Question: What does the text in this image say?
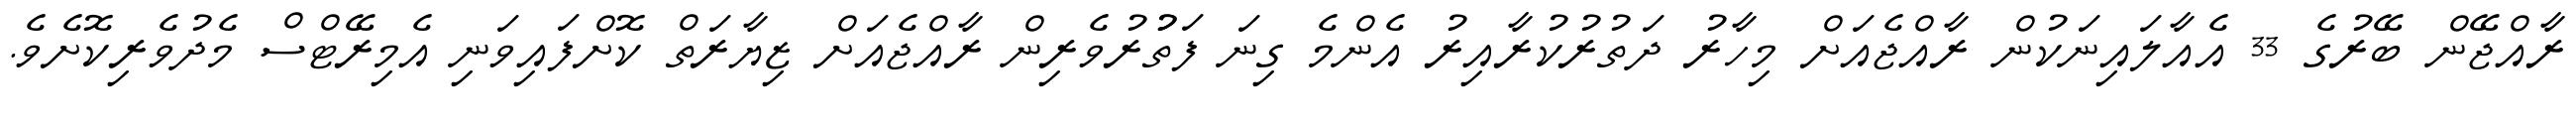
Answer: ރާއްޖޭން ބޭރުގެ 33 އެއާލައިނަކުން ރާއްޖެއަށް މިހާރު ދަތުރުކުރާއިރު އެންމެ ގިނަ ފަތުުރުވެރިން ރާއްޖެއަށް ޒިޔާރަތް ކޮށްފައިވަނި އެމިރޭޓްސް މެދުވެރިކޮށެވެ.